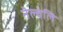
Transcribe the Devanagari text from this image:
नॆल्वेलि